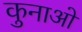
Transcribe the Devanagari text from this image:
कुनाओ